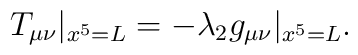
T_{\mu\nu}|_{x^5=L}=-\lambda_2g_{\mu\nu}|_{x^5=L}.